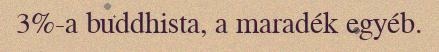
3%-a buddhista, a maradék egyéb.